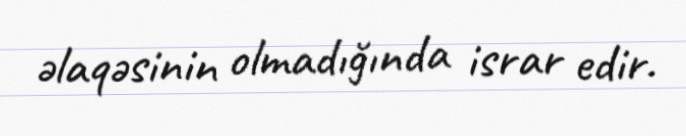
əlaqəsinin olmadığında israr edir.